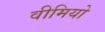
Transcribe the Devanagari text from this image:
वीमियो